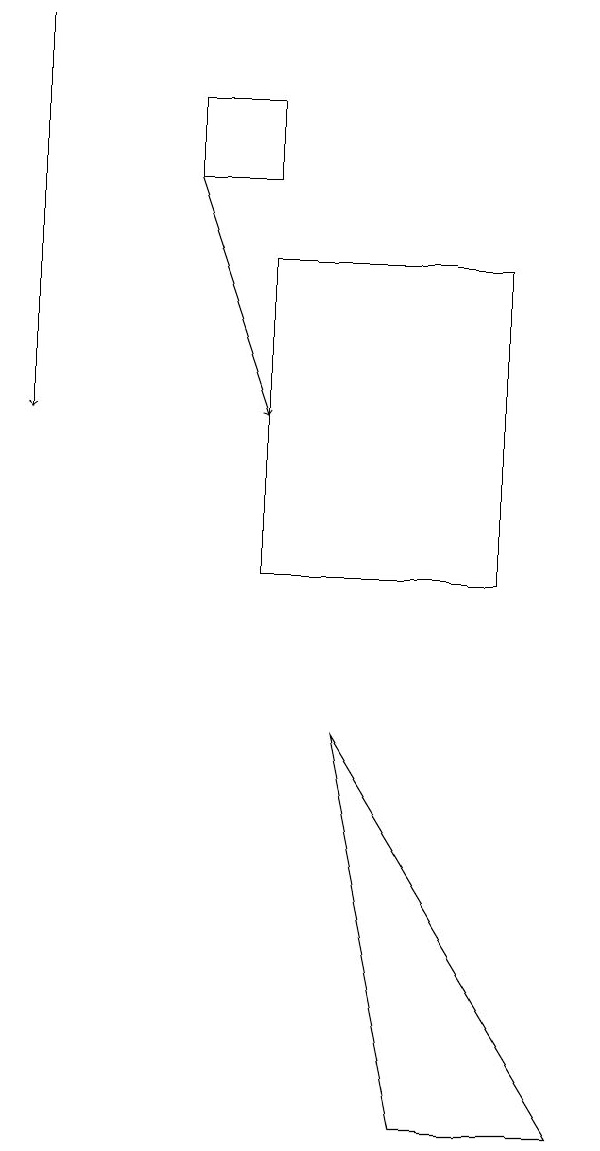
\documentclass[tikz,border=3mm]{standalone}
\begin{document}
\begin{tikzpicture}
\draw (9,3) -- (6,8) -- (7,3) -- cycle;
\draw[->] (4,15) -- (5,12);
\draw[->] (2,17) -- (2,12);
\draw (8,14) rectangle (5,10);
\draw (4,16) rectangle (5,15);
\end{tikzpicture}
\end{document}